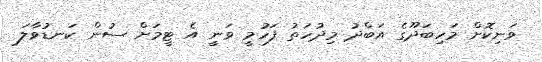
ވަނިކޮށް މަހިބަދޫގެ އަބްދު މިދުހަތު ފަހުމީ ވަނީ އެ ޓީމަށް ސުން ކަނޑުވާލަ